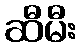
ဆီမီး